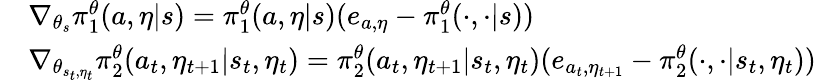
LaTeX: \begin{array}{rl}&{\nabla_{\theta_{s}}\pi_{1}^{\theta}(a,\eta|s)=\pi_{1}^{\theta}(a,\eta|s)(e_{a,\eta}-\pi_{1}^{\theta}(\cdot,\cdot|s))}\\ &{\nabla_{\theta_{s_{t},\eta_{t}}}\pi_{2}^{\theta}(a_{t},\eta_{t+1}|s_{t},\eta_{t})=\pi_{2}^{\theta}(a_{t},\eta_{t+1}|s_{t},\eta_{t})(e_{a_{t},\eta_{t+1}}-\pi_{2}^{\theta}(\cdot,\cdot|s_{t},\eta_{t}))}\end{array}